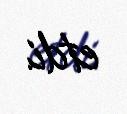
etdi.